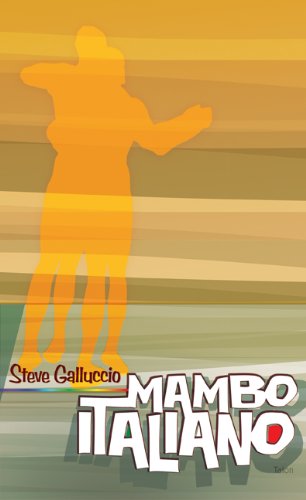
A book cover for Mambo Italiano; Steve Galluccio; Literature & Fiction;